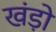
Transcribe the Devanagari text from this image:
खंड़ो